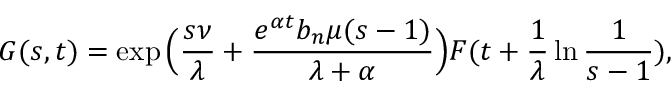
G ( s , t ) = \exp \Big ( \frac { s \nu } { \lambda } + \frac { e ^ { \alpha t } b _ { n } \mu ( s - 1 ) } { \lambda + \alpha } \Big ) F ( t + \frac { 1 } { \lambda } \ln { \frac { 1 } { s - 1 } } ) ,